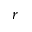
r